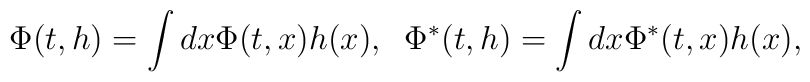
\Phi(t,h) = \int dx \Phi (t,x)h(x) ,  \; \;\Phi^*(t,h) = \int dx \Phi^* (t,x)h(x) ,